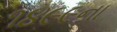
૧૪૯૯ના